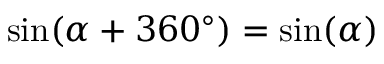
\sin ( \alpha + 3 6 0 ^ { \circ } ) = \sin ( \alpha )